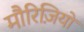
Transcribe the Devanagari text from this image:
मौरिज़ियो